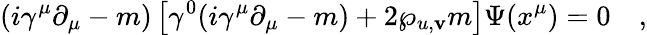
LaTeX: (i\gamma^{\mu}\partial_{\mu}-m)\left[\gamma^{0}(i\gamma^{\mu}\partial_{\mu}-m)+2\wp_{u,\mathbf{v}}m\right]\Psi(x^{\mu})=0\quad,